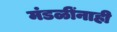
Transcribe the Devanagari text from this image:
मंडळींनाही